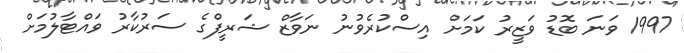
1997 ވަނަ ބޮޑު ވަޒީރު ކަމަށް އިސްކުރެވުނު ނަވާޒް ޝަރީފްގެ ސަރުކާރު ވައްޓާލުމަށް